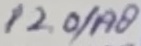
Text: P2.0/A8